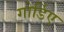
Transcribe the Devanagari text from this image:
गोर्डिए